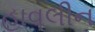
હાવલીન